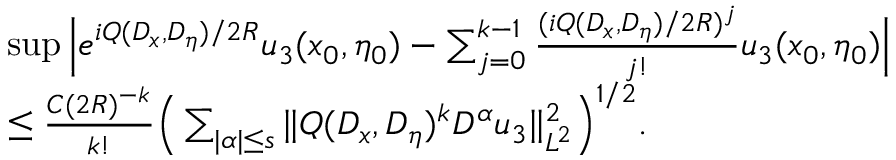
\begin{array} { r l } & { \operatorname* { s u p } \Big | e ^ { i Q ( D _ { x } , D _ { \eta } ) / 2 R } u _ { 3 } ( x _ { 0 } , \eta _ { 0 } ) - \sum _ { j = 0 } ^ { k - 1 } \frac { ( i Q ( D _ { x } , D _ { \eta } ) / 2 R ) ^ { j } } { j ! } u _ { 3 } ( x _ { 0 } , \eta _ { 0 } ) \Big | } \\ & { \leq \frac { C ( 2 R ) ^ { - k } } { k ! } \Big ( \sum _ { | \alpha | \leq s } \| Q ( D _ { x } , D _ { \eta } ) ^ { k } D ^ { \alpha } u _ { 3 } \| _ { L ^ { 2 } } ^ { 2 } \Big ) ^ { 1 / 2 } . } \end{array}